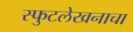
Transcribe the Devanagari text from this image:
स्फुटलेखनाचा